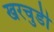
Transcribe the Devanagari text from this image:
खरचुडी